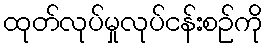
ထုတ်လုပ်မှုလုပ်ငန်းစဉ်ကို